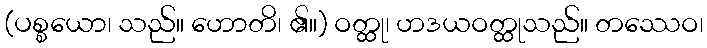
(ပစ္စယော၊ သည်။ ဟောတိ၊ ၏။) ဝတ္ထု၊ ဟဒယဝတ္ထုသည်။ တဿေဝ၊